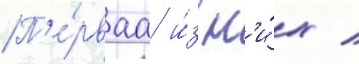
П'е́рваа и́з н'и́х /